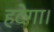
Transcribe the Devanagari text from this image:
हटेगा।